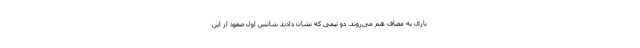
بازی به مصاف هم می‌روند. دو تیمی که نشان دادند شانس اول صعود از این